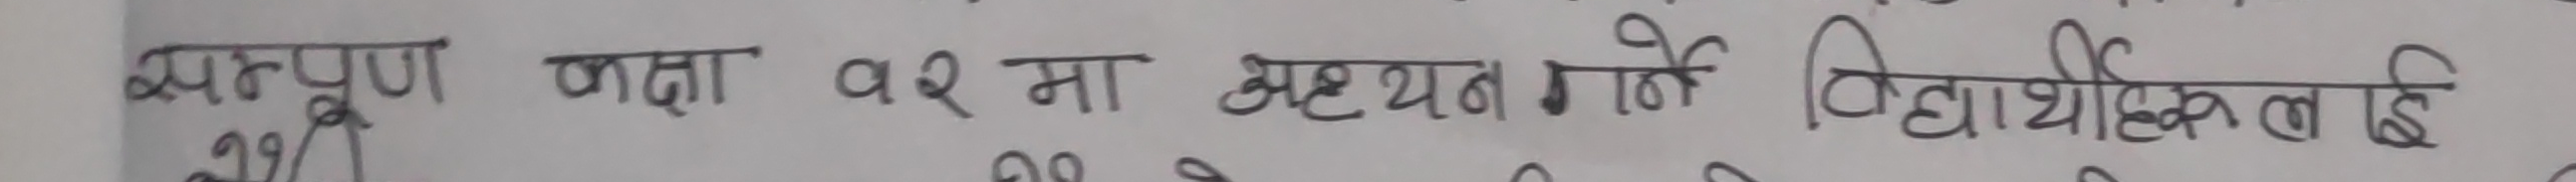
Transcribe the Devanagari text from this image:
स्पष्ट कक्षा १२ मा अध्ययन गर्ने विद्यार्थीहरुलाई